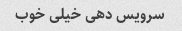
سرویس دهی خیلی خوب